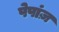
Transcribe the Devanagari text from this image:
पेपांज़